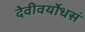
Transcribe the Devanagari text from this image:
देवीवर्योधसं